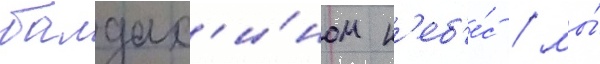
балдах'и́ном н'еб'е́с / мы́